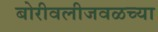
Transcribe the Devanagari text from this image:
बोरीवलीजवळच्या